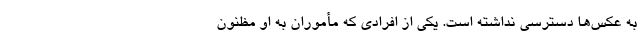
به عکس‌ها دسترسی نداشته است. یکی از افرادی که مأموران به او مظنون